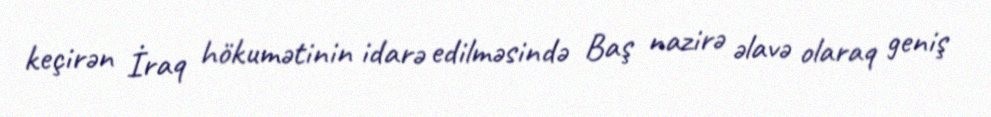
keçirən İraq hökumətinin idarə edilməsində Baş nazirə əlavə olaraq geniş